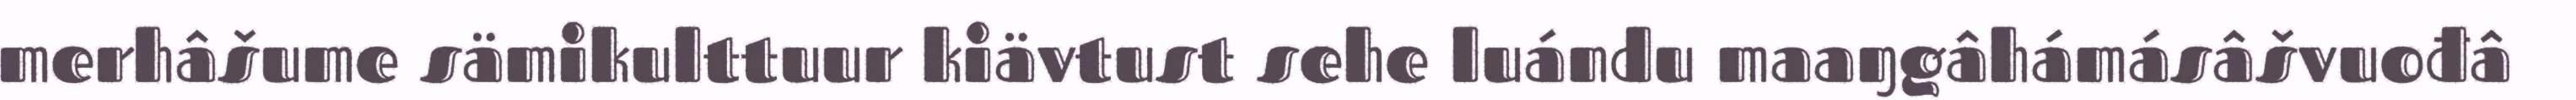
merhâšume sämikulttuur kiävtust sehe luándu maaŋgâhámásâšvuođâ